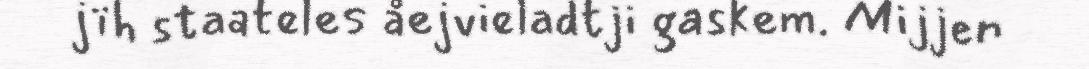
jïh staateles åejvieladtji gaskem. Mijjen